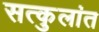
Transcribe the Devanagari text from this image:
सत्कुलांत